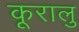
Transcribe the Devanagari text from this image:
कूरालु